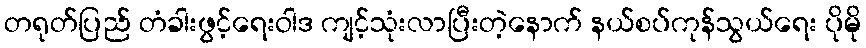
တရုတ်ပြည် တံခါးဖွင့်ရေးဝါဒ ကျင့်သုံးလာပြီးတဲ့နောက် နယ်စပ်ကုန်သွယ်ရေး ပိုမို